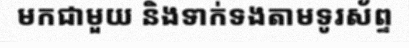
មកជាមួយ និងទាក់ទងតាមទូរស័ព្ទ